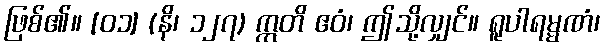
ဖြစ်၏။ [၀၁] (နိ၊ ၁၂၇) ဣတိ ဧဝံ၊ ဤသို့လျှင်။ ရူပါရမ္မဏံ၊